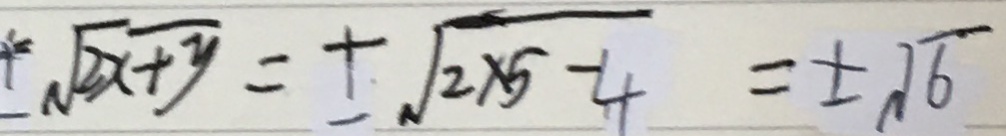
\pm \sqrt { 2 x + y } = \pm \sqrt { 2 \times 5 - 4 } = \pm \sqrt { 6 }